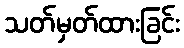
သတ်မှတ်ထားခြင်း